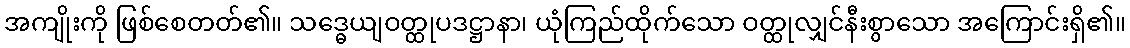
အကျိုးကို ဖြစ်စေတတ်၏။ သဒ္ဓေယျဝတ္ထုပဒဋ္ဌာနာ၊ ယုံကြည်ထိုက်သော ဝတ္ထုလျှင်နီးစွာသော အကြောင်းရှိ၏။